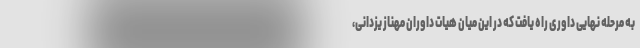
به مرحله نهایی داوری راه یافت که در این میان هیات داوران مهناز یزدانی،